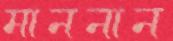
মাননান